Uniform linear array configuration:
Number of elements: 8
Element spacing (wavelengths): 0.75
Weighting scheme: kaiser
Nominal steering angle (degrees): -30
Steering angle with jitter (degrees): -31.659
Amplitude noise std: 0.05
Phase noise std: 0.05

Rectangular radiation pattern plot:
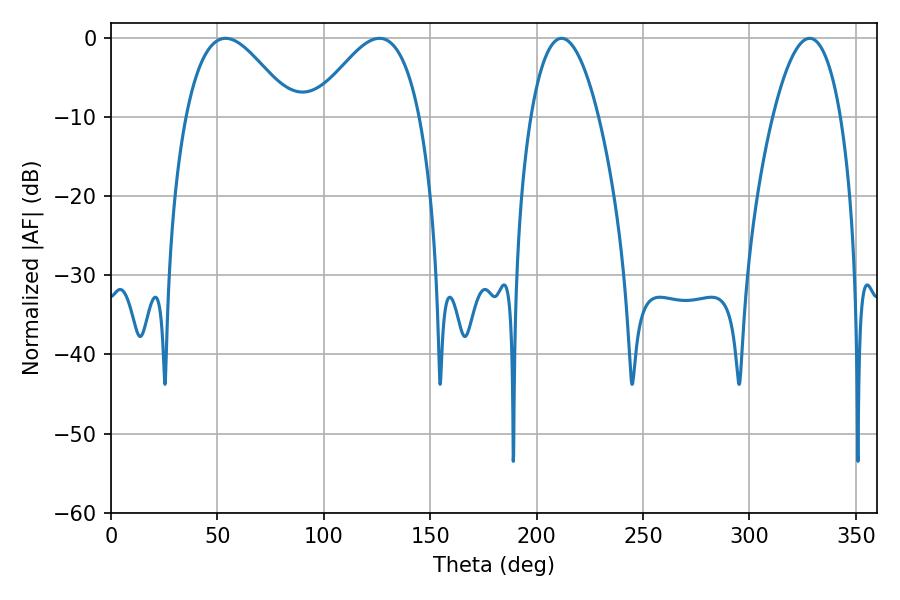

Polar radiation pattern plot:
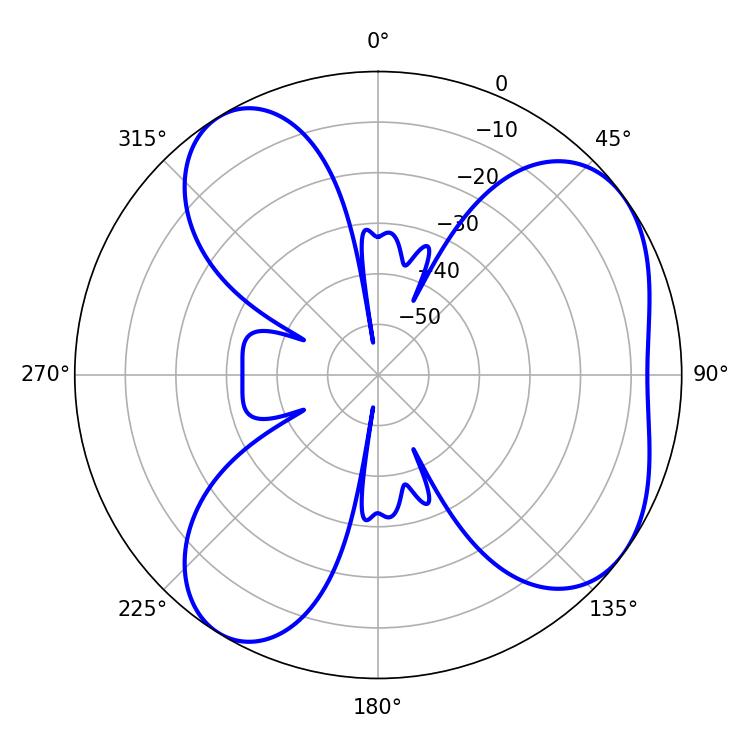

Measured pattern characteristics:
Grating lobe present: TRUE
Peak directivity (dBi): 5.773
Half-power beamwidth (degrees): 27
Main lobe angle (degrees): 53.82